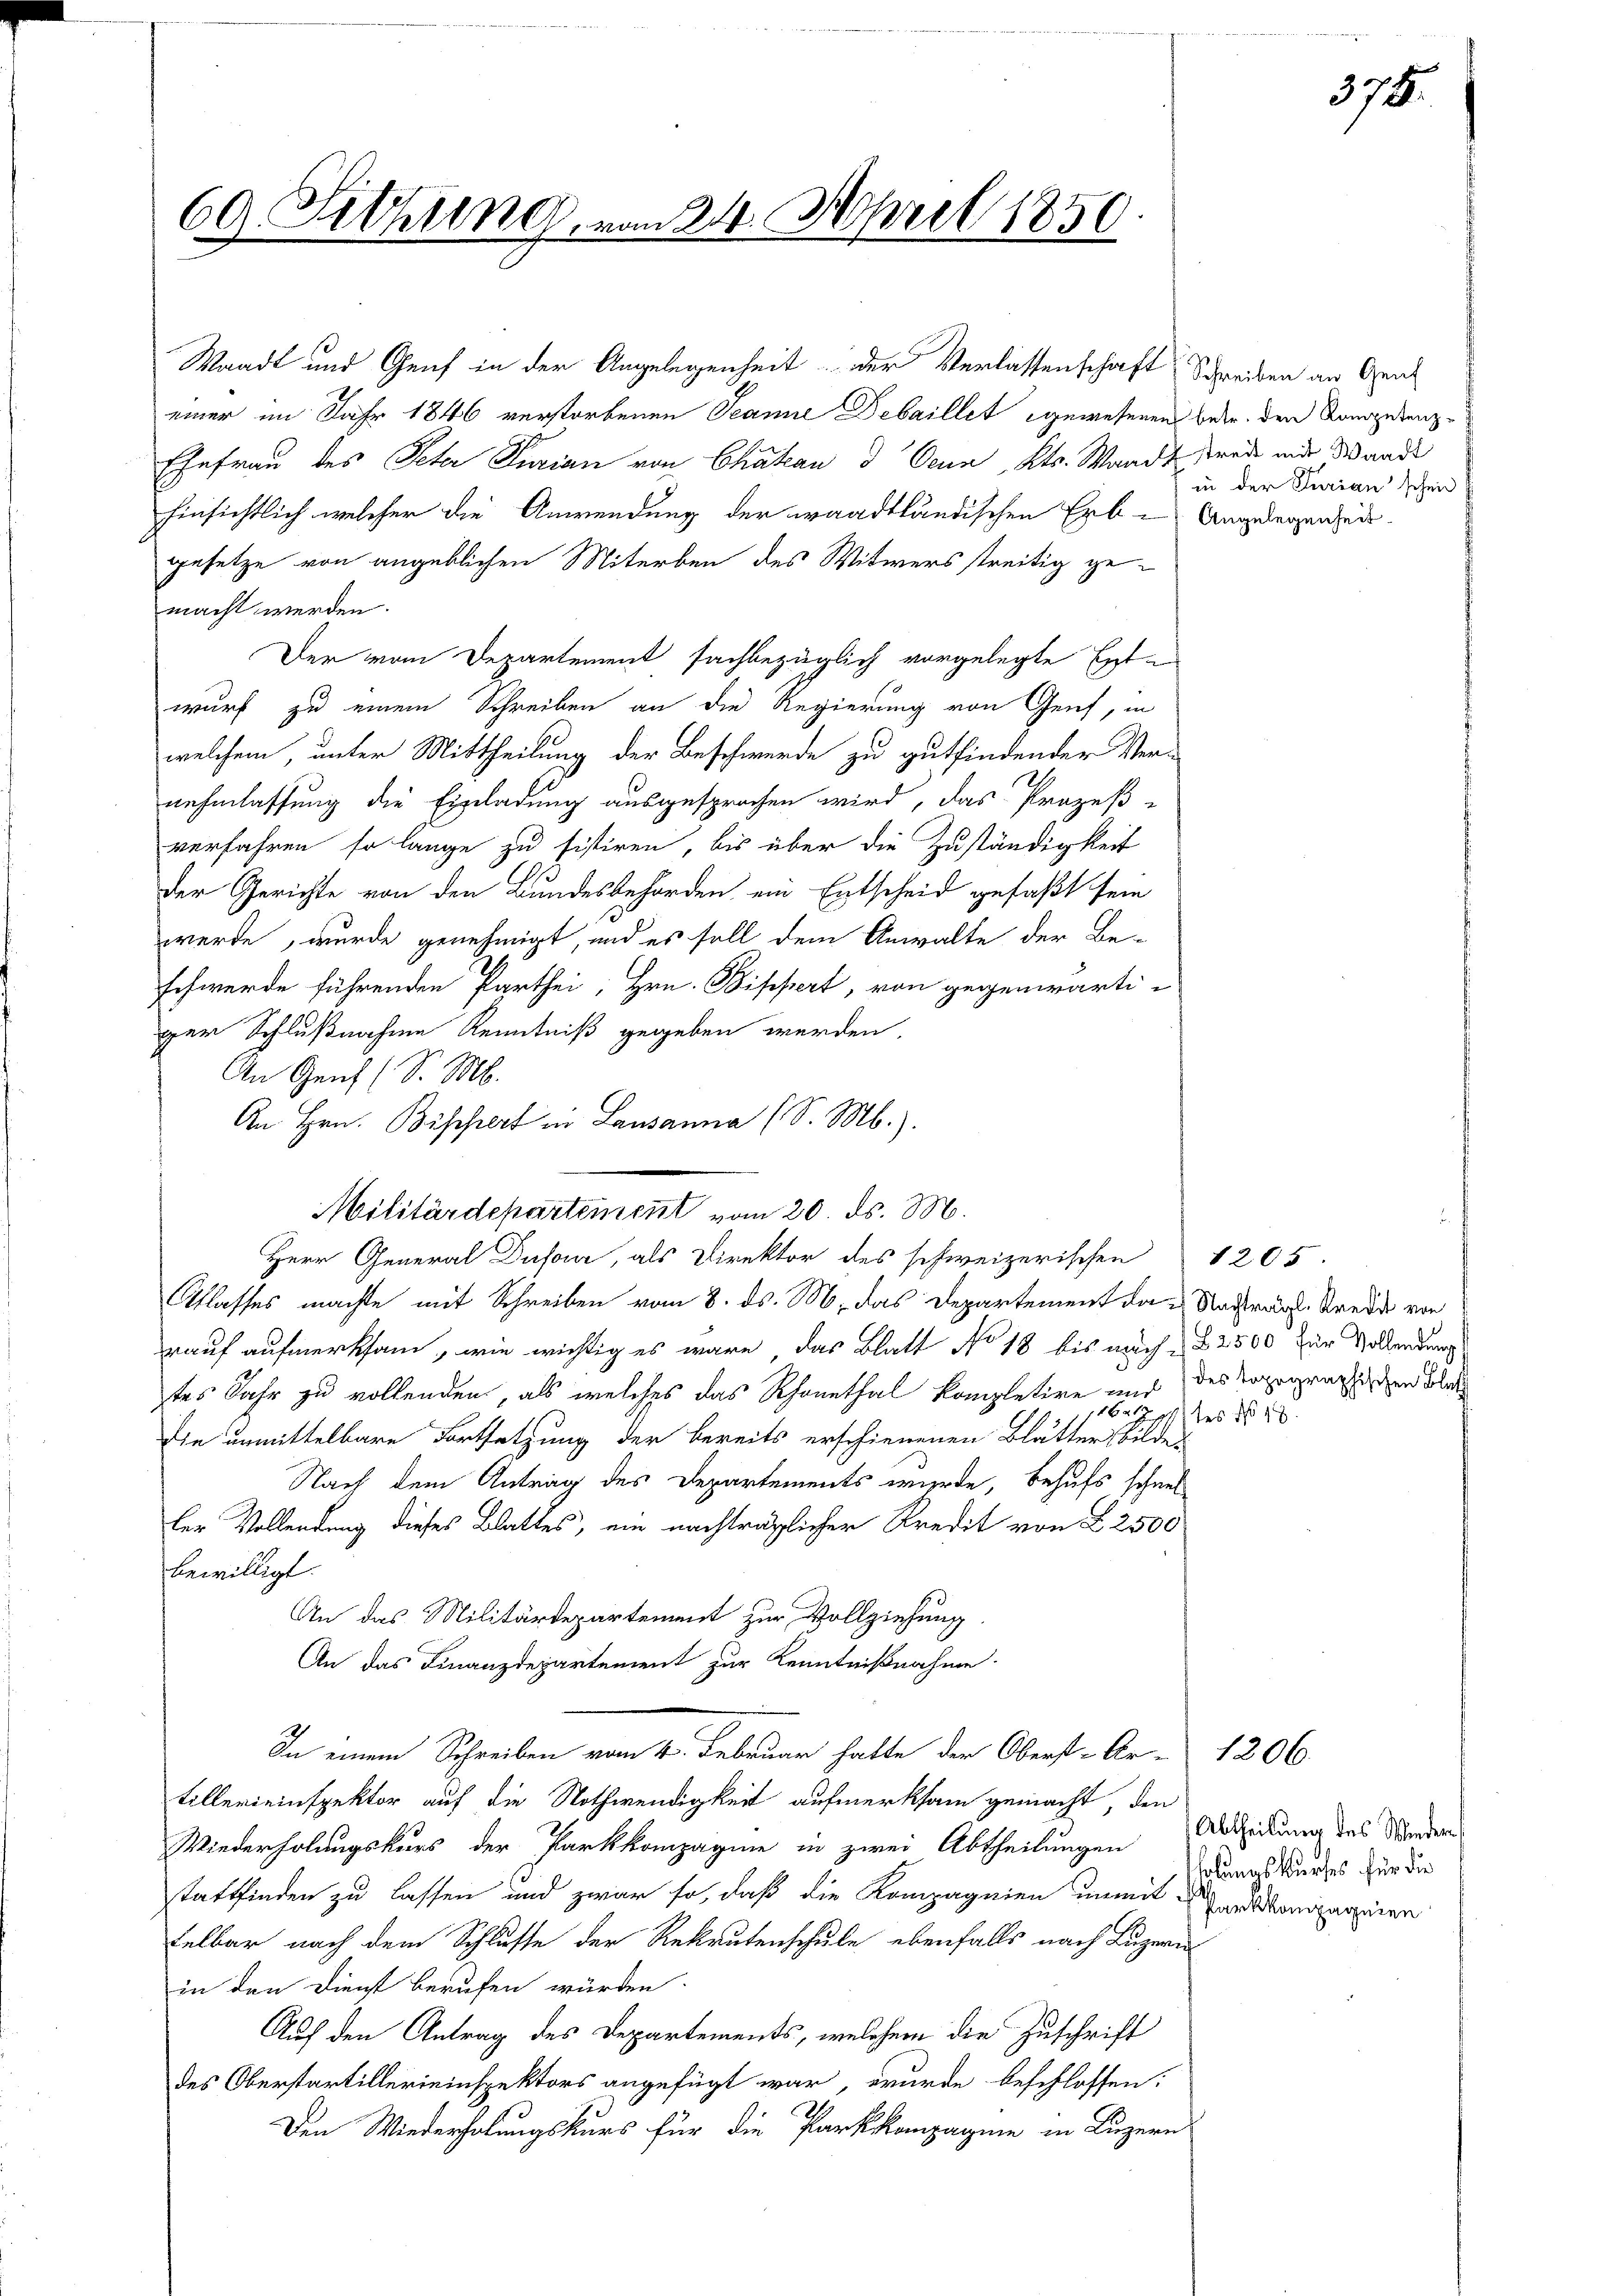
60. Sitzung, i

Waadt und Genf in der Angelegenheit der Verlassenschaft Schreiben an Gent
einer im Jahr 1846 verstorbenen Teanie Debaillet gewesenen betr. den Kompedienz¬
Ehefrau des Peter Purian von Chakan d Oenn, Kts. Waadt streit und Wande
hinsichtlich welcher die Anwendung der waadtländischen Erb-Angelegenheit
gesetze von angeblichen Miterben des Witwers streitig gemacht werden.
Der vom Departement sachbezüglich vorgelegte Ext-
wurf zu einem Schreiben an die Regierung von Genf, in
welchem, unter Mittheilung der Beschwerde zu gutfindender Ver-
nehmlassung die Einladung ausgesprochen wird, das Prozeß-
verfahren so lange zu sistiren, bis über die Zuständigkeit
der Gerichte von den Bundesbehörden ein Entscheid gefaßt sein
werde, wurde genehmigt, und es soll dem Anwalte der Be-
schwerde führenden Parthei Hrn. Bippert, von gegenwärti
ger Schlußnahme Kenntniß gegeben werden,
An Genf (S. M.
Pflasses machte mit Schreiben vom 8. ds. M. das Departement das Stadtrat Krede von
rauf aufmerksam, wie wichtig es wäre, das Blatt No 18 bis nach § 2500 für Vollendung
tes Jahr zu vollenden, als welches das Rhonethal kompletire und des Topographischen Be
164
Die unmittelbare Fortsetzung der bereits erschienenen Blätter bilde-
Nach dem Antrag des Departements wurde, behufs schnel
ler Vollendung dieses Blattes, ein nachträglicher Kredit von L 2500
bewilligt.
An das Militärdepartement zur Vollziehung
An das Finanzdepartement zur Kenntnißnahme.
In einem Schreiben vom 4. Februar hatte der Oberst-Ar-
tillereinspektor auf die Nothwendigkeit aufmerksam gemacht, den
Wiederholungskurs der Parkkompagnie in zwei Abtheilungen Absicklung des Wieder
stattfinden zu lassen und zwar so, daß die Kompagnien unmit ankompagnien
telbar nach dem Schlusse der Rekrutenschule ebenfalls nach Luzern
in den Dienst berufen würden
Auf den Antrag des Departements, welchem die Zuschrift
des Oberstartillereinspektors angefügt war, wurde beschlossen:
Den Wiederholungskurs für die Parkkompagnie in Luzern

An Hrn. Bischert in Lausanna (S. M.).
Militärdepartement vom 20. ds. M.
Herr General Dufour, als Direktor des schweizerischen

124. April 185

in der Turian schein

1205.
tes No 13.

holungskurses für die

1206.

378.